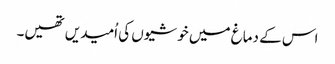
اس کے دماغ میں خوشیوں کی اُمیدیں تھیں۔